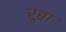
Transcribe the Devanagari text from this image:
रुबा